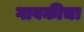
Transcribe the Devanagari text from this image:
गावकीचा